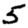
Digit: 5